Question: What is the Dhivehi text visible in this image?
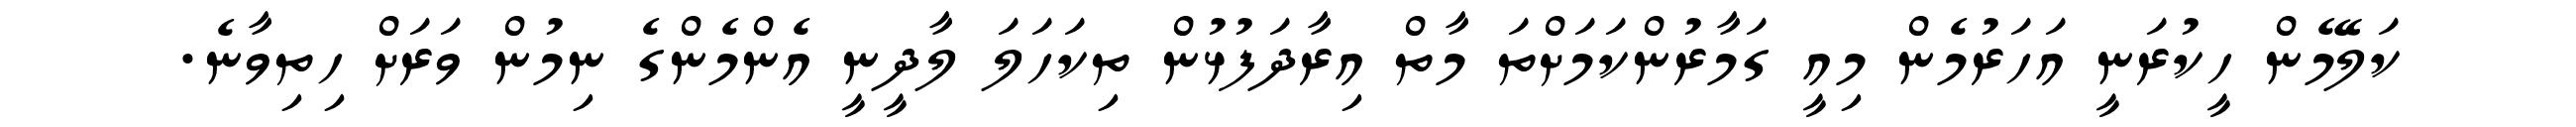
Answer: ކަލޭމެން ހީކުރަނީ އަހަރުމެން މިއީ ގަމާރުންކަމަށްތަ މާތް އިރާދަފުޅުން ތިކަހަލަ ލާދީނީ އެންމެންގެ ނިމުން ވަރަށް ހިތިވާނެ.